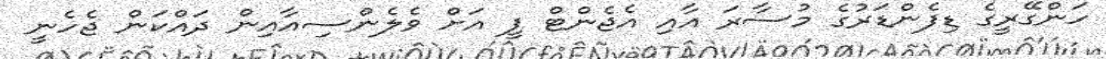
ހަންގޭރީގެ ޑިފެންޑަރުގެ މުސާރަ އާއި އެޖެންޓް ފީ އަށް ވެލެންސިއާއިން ދައްކަން ޖެހެނީ